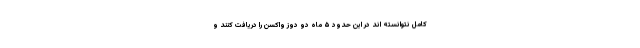
کامل نتوانسته اند در این حدود ۵ ماه دو دوز واکسن را دریافت کنند و